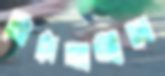
মিঠেখালীতে